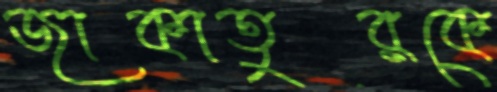
জাকাতুরকে